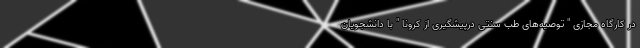
در کارگاه مجازی " توصیه‌های طب سنتی درپیشگیری از کرونا " با دانشجویان